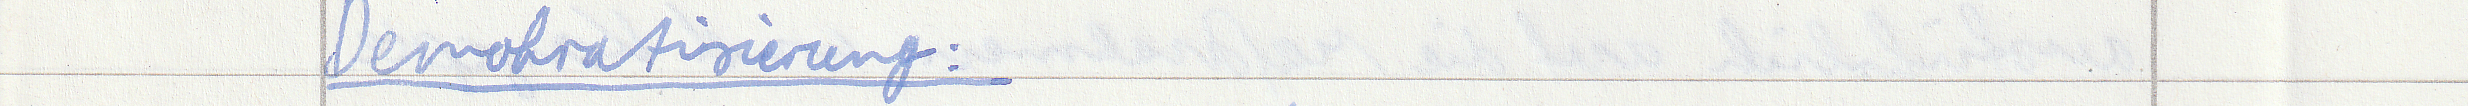
Demokratisierung: